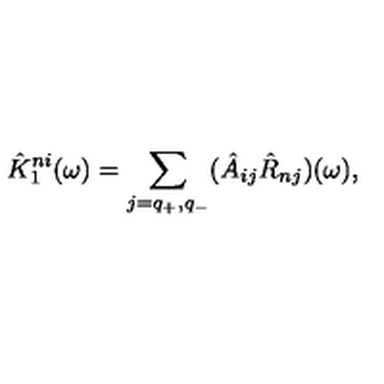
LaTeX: \hat { K } _ { 1 } ^ { n i } ( \omega ) = \sum _ { j = q _ { + } , q _ { - } } ( \hat { A } _ { i j } \hat { R } _ { n j } ) ( \omega ) ,